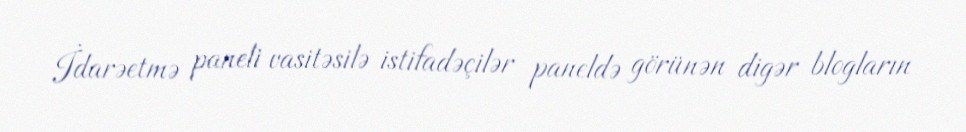
İdarəetmə paneli vasitəsilə istifadəçilər paneldə görünən digər blogların